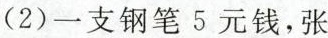
(2)一支钢笔5元钱，张